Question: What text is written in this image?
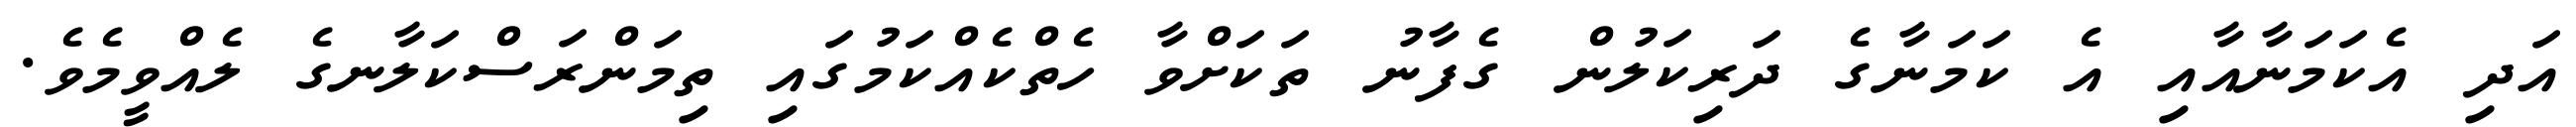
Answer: އަދި އެކަމަނާއާއި އެ ކަމަނާގެ ދަރިކަލުން ގެފާނު ތަކަށްވާ ހެތްކެއްކަމުގައި ތިމަންރަސްކަލާނގެ ލެއްވީމެވެ.